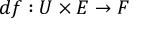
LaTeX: d f : U \times E \to F